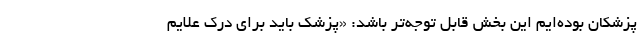
پزشکان بوده‌ایم این بخش قابل توجه‌تر باشد: «پزشک باید برای درک علایم